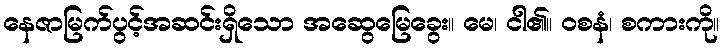
နေဇာမြက်ပွင့်အဆင်းရှိသော အဆွေမြေခွေး။ မေ၊ ငါ၏။ ဝစနံ၊ စကားကို။